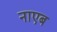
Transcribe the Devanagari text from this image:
नाएब